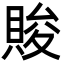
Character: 賐